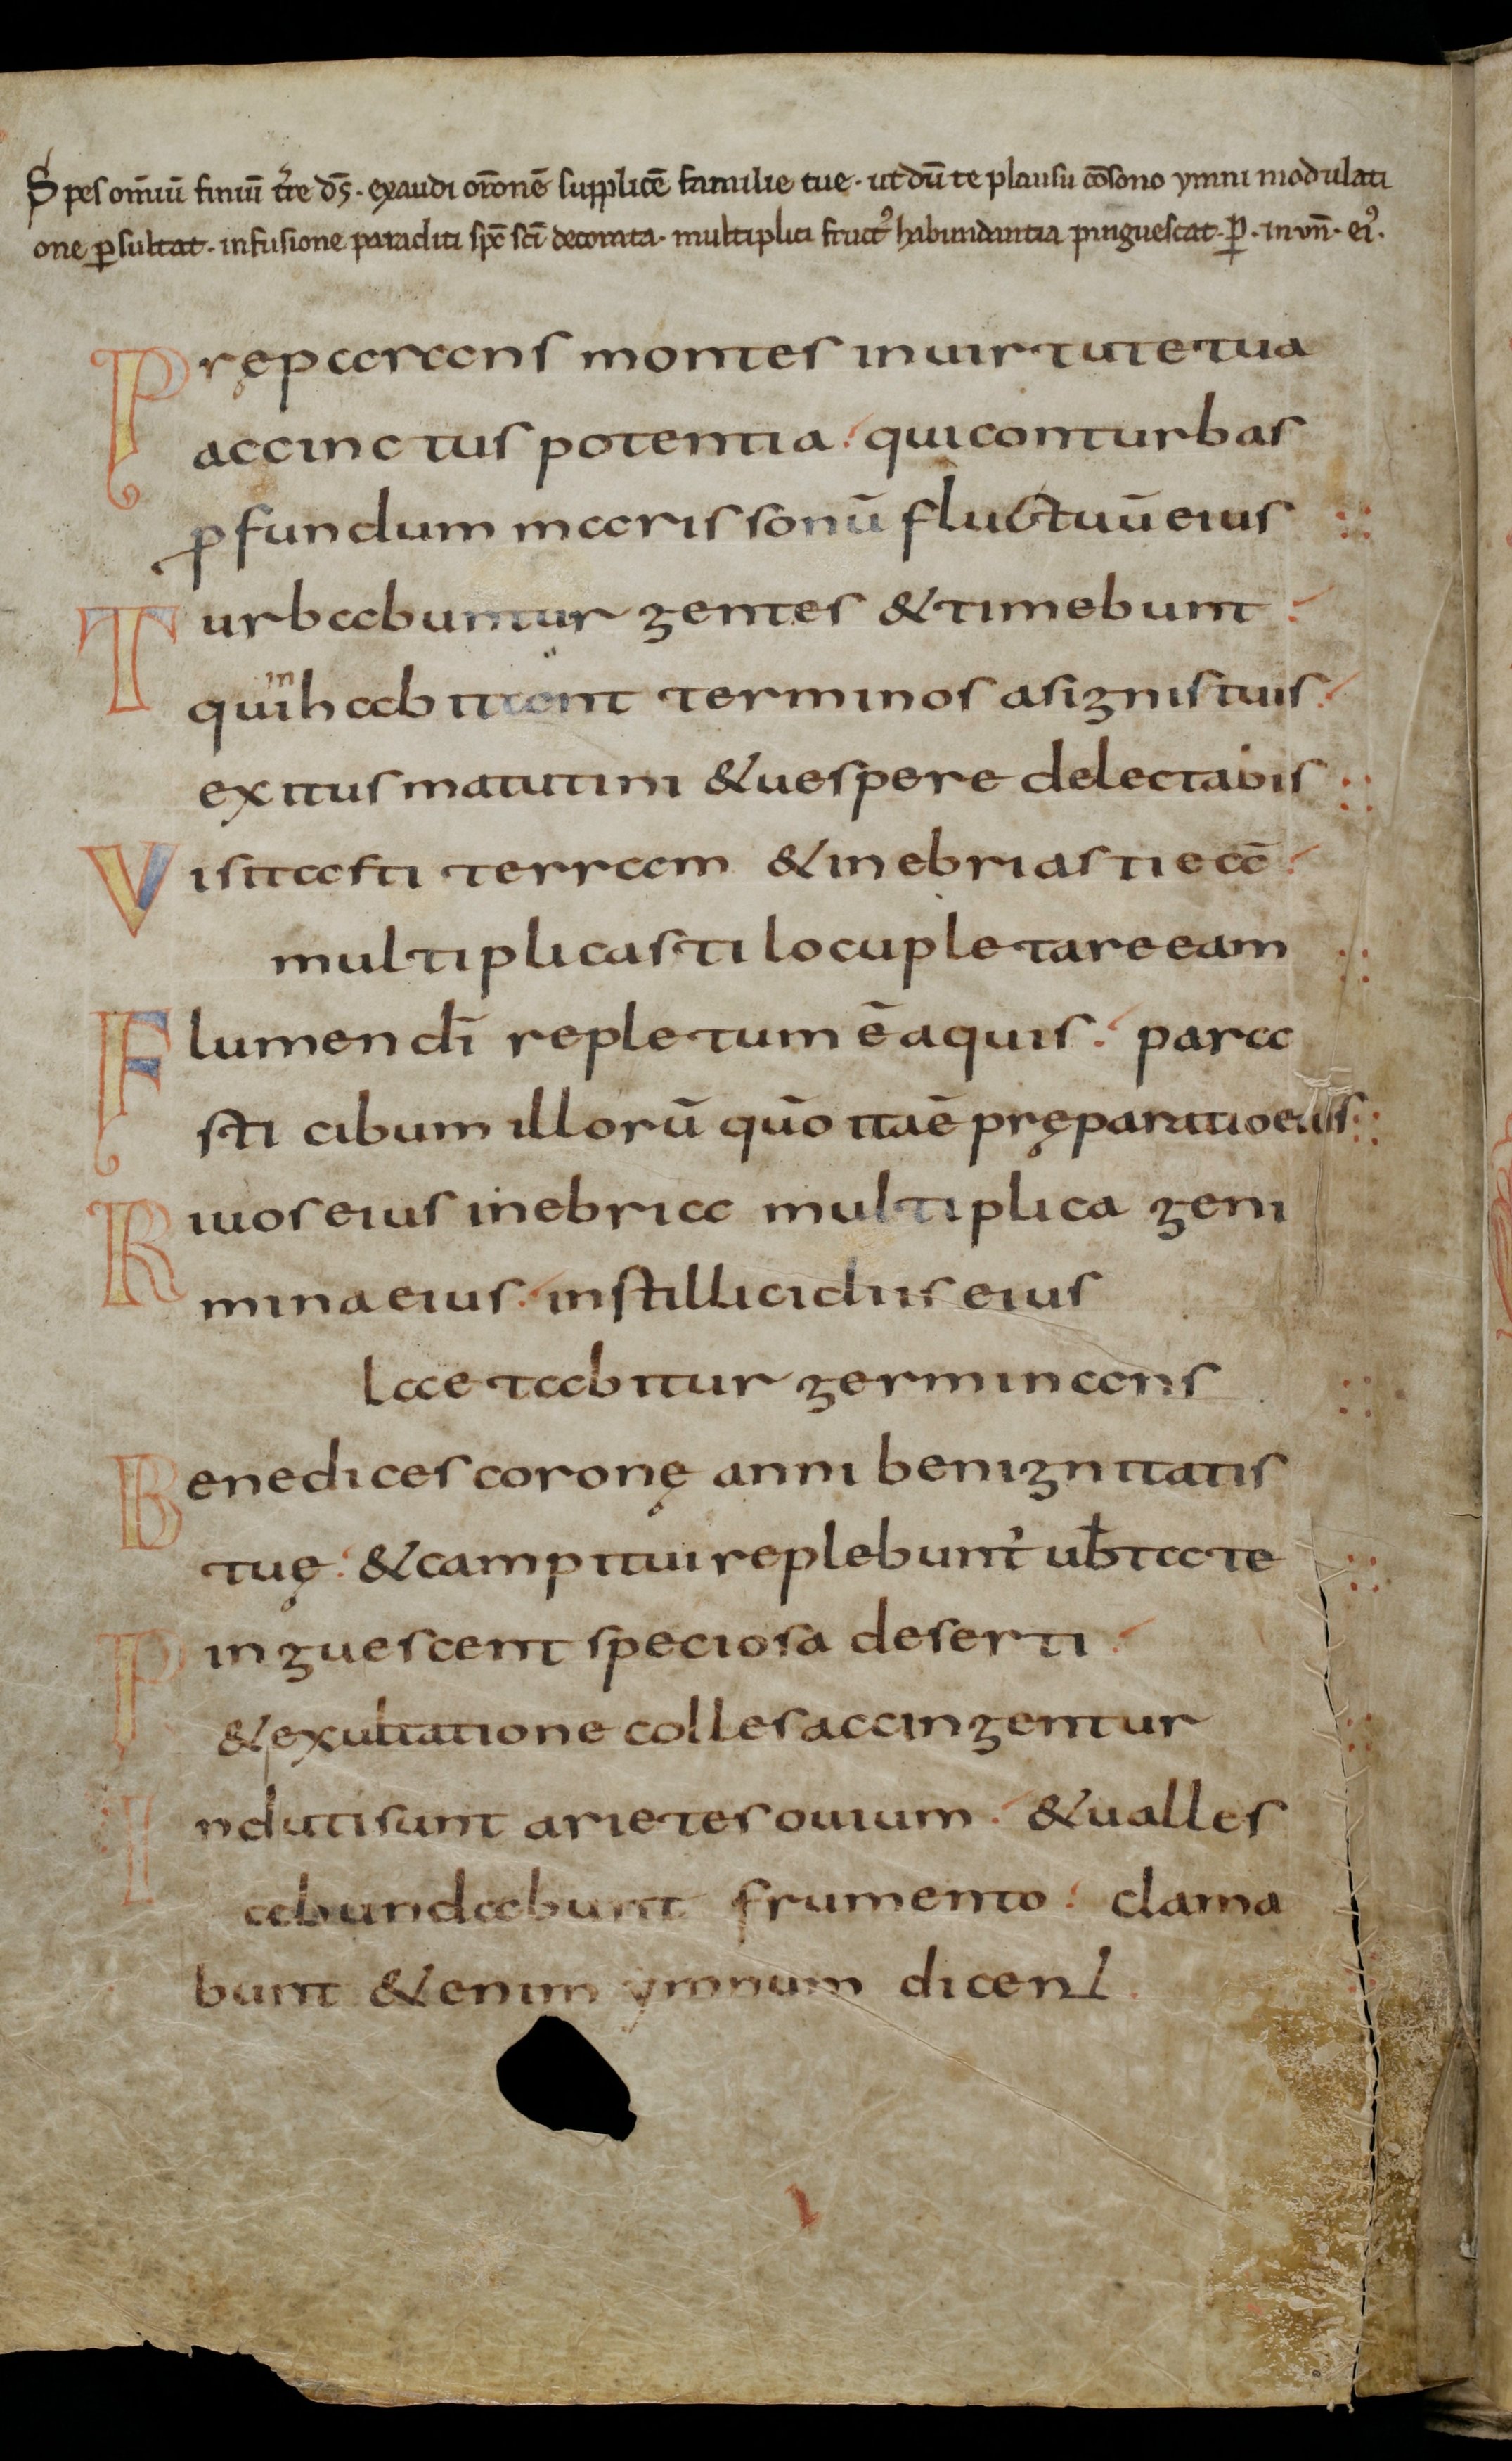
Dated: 800–845